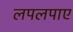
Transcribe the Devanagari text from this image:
लपलपाए